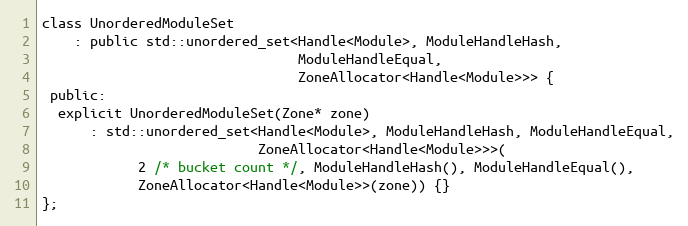
Language: C
class UnorderedModuleSet
    : public std::unordered_set<Handle<Module>, ModuleHandleHash,
                                ModuleHandleEqual,
                                ZoneAllocator<Handle<Module>>> {
 public:
  explicit UnorderedModuleSet(Zone* zone)
      : std::unordered_set<Handle<Module>, ModuleHandleHash, ModuleHandleEqual,
                           ZoneAllocator<Handle<Module>>>(
            2 /* bucket count */, ModuleHandleHash(), ModuleHandleEqual(),
            ZoneAllocator<Handle<Module>>(zone)) {}
};